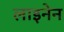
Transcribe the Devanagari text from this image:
लाइनेन